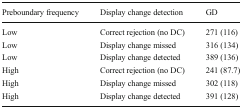
| Preboundary frequency | Display change detection | GD |
 | --- | --- | --- |
 | Low | Correct rejection (no DC) | 271 (116) |
 | Low | Display change missed | 316 (134) |
 | Low | Display change detected | 389 (136) |
 | High | Correct rejection (no DC) | 241 (87.7) |
 | High | Display change missed | 302 (118) |
 | High | Display change detected | 391 (128) |